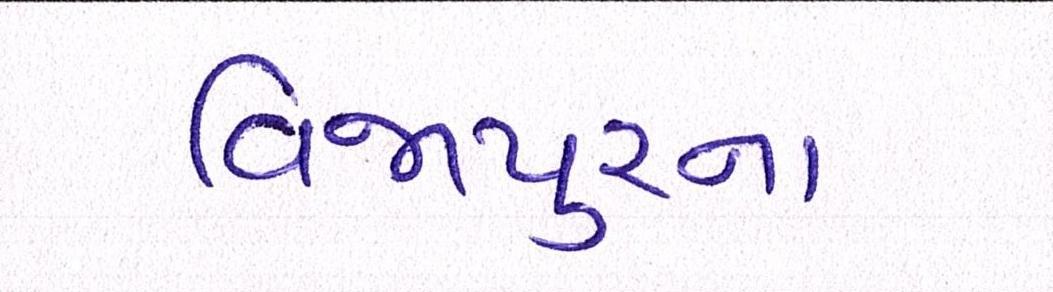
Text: વિજાપુરના